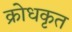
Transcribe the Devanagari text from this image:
क्रोधकृत